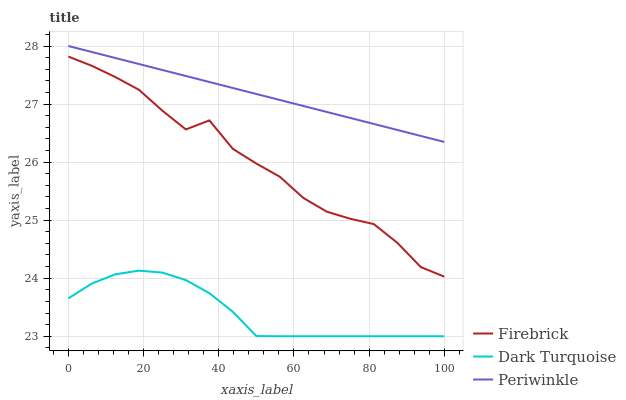
| xaxis_label | Firebrick | Dark Turquoise | Periwinkle |
 | --- | --- | --- | --- |
 | 0 | 27.8 | 23.7 | 28 |
 | 6.25 | 27.7 | 23.9 | 27.9 |
 | 12.5 | 27.5 | 24.1 | 27.8 |
 | 18.8 | 27.2 | 24.1 | 27.7 |
 | 25 | 26.9 | 24.1 | 27.6 |
 | 31.2 | 26.6 | 24 | 27.5 |
 | 37.5 | 26.7 | 23.7 | 27.4 |
 | 43.8 | 26.2 | 23.4 | 27.3 |
 | 50 | 26 | 23 | 27.2 |
 | 56.2 | 25.7 | 23 | 27.1 |
 | 62.5 | 25.4 | 23 | 27 |
 | 68.8 | 25.1 | 23 | 26.9 |
 | 75 | 25 | 23 | 26.8 |
 | 81.2 | 24.9 | 23 | 26.7 |
 | 87.5 | 24.6 | 23 | 26.6 |
 | 93.8 | 24.2 | 23 | 26.5 |
 | 100 | 24 | 23 | 26.3 |